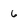
Character: 6